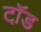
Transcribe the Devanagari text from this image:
टॉ़ड